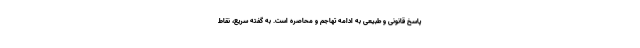
پاسخ قانونی و طبیعی به ادامه تهاجم و محاصره است. به گفته سریع، نقاط